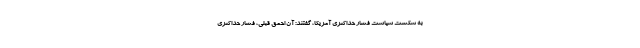
به شکست سیاست فشار حداکثریِ آمریکا، گفتند: آن احمق قبلی، فشار حداکثری